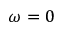
\omega = 0